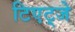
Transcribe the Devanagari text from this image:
टिएट्जे